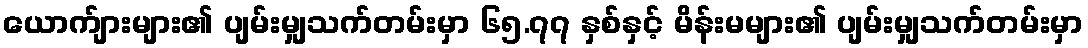
ယောက်ျားများ၏ ပျမ်းမျှသက်တမ်းမှာ ၆၅.၇၇ နှစ်နှင့် မိန်းမများ၏ ပျမ်းမျှသက်တမ်းမှာ